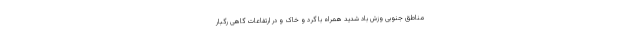
مناطق جنوبی وزش باد شدید همراه با گرد و خاک و در ارتفاعات گاهی رگبار